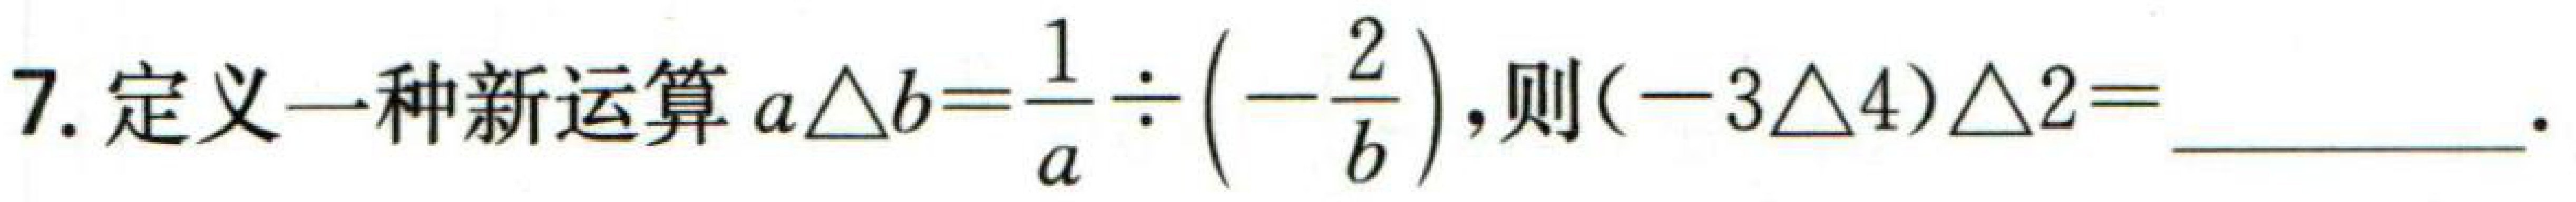
7. 定义一种新运算\(a\triangle b = \frac{1}{a}\div\left(-\frac{2}{b}\right)\)，则\((-3\triangle4)\triangle2=\)________.